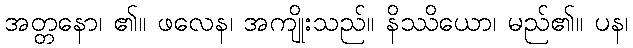
အတ္တနော၊ ၏။ ဖလေန၊ အကျိုးသည်။ နိဿိယော၊ မည်၏။ ပန၊